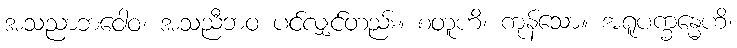
အသညာဘဝေါဝ၊ အသညီဘဝ ပင်လျှင်တည်း။ စတူဟိ၊ ကုန်သော။ အရူပက္ခန္ဓေဟိ၊